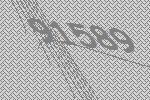
91589